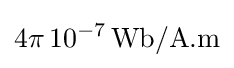
4\pi \,10^{-7}\,{\textrm {Wb/A.m}}